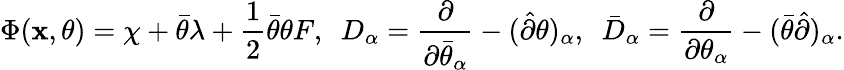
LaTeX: \Phi({\mathbf x},\theta)=\chi+\bar{\theta}\lambda+\frac 12\bar{\theta}\theta F,~~D_{\alpha}=\frac{\partial}{\partial\bar{\theta}_{\alpha}}-(\hat{\partial}\theta)_{\alpha},~~\bar{D}_{\alpha}=\frac{\partial}{\partial\theta_{\alpha}}-(\bar{\theta}\hat{\partial})_{\alpha}.